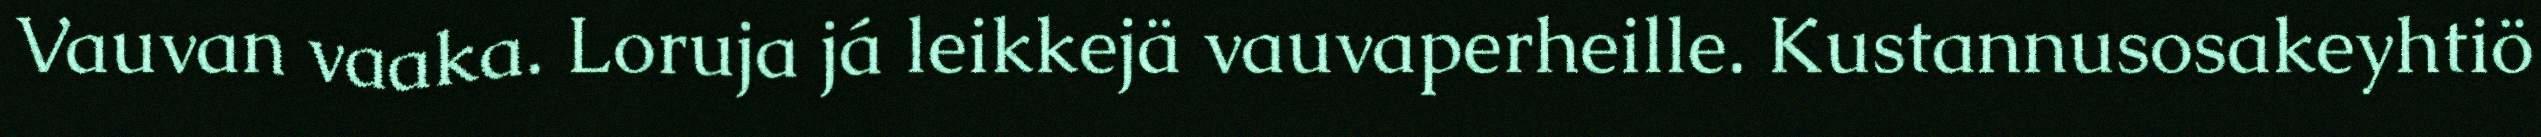
Vauvan vaaka. Loruja já leikkejä vauvaperheille. Kustannusosakeyhtiö